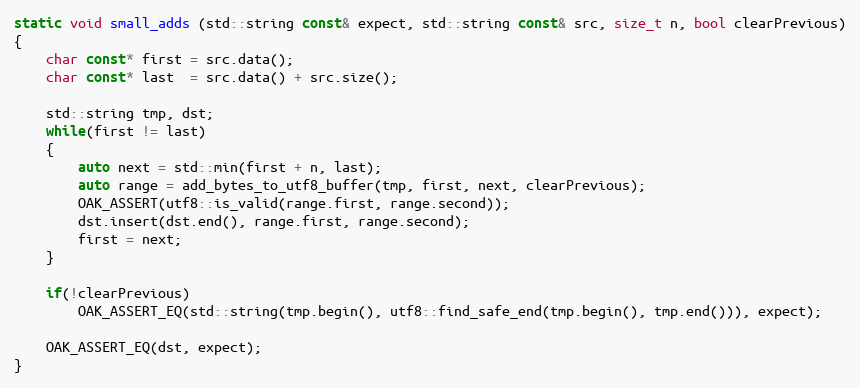
Language: C++
static void small_adds (std::string const& expect, std::string const& src, size_t n, bool clearPrevious)
{
	char const* first = src.data();
	char const* last  = src.data() + src.size();

	std::string tmp, dst;
	while(first != last)
	{
		auto next = std::min(first + n, last);
		auto range = add_bytes_to_utf8_buffer(tmp, first, next, clearPrevious);
		OAK_ASSERT(utf8::is_valid(range.first, range.second));
		dst.insert(dst.end(), range.first, range.second);
		first = next;
	}

	if(!clearPrevious)
		OAK_ASSERT_EQ(std::string(tmp.begin(), utf8::find_safe_end(tmp.begin(), tmp.end())), expect);

	OAK_ASSERT_EQ(dst, expect);
}